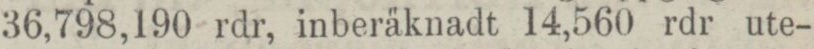
36,798,190 rdr, inberäknadt 14,560 rdr ute-